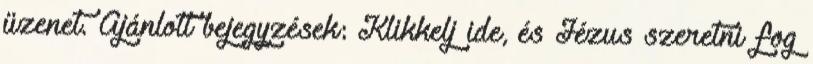
üzenet. Ajánlott bejegyzések: Klikkelj ide, és Jézus szeretni fog